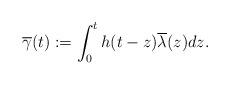
LaTeX: \begin{align*}\overline{\gamma}(t):=\int_{0}^{t} h(t-z) \overline{\lambda}(z)dz.\end{align*}